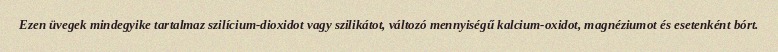
Ezen üvegek mindegyike tartalmaz szilícium-dioxidot vagy szilikátot, változó mennyiségű kalcium-oxidot, magnéziumot és esetenként bórt.